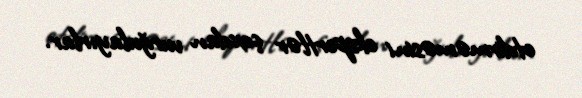
etdirməməsini ekspertlər çoxdan vurğulayırlar.